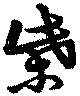
柴